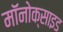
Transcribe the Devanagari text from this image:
मॉनोक्साइड